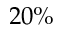
2 0 \%